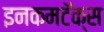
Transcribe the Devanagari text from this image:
इनकमटॅक्स